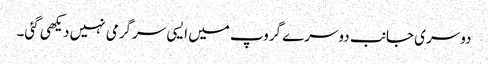
دوسری جانب دوسرے گروپ میں ایسی سرگرمی نہیں دیکھی گئی۔